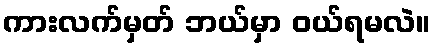
ကားလက်မှတ် ဘယ်မှာ ဝယ်ရမလဲ။